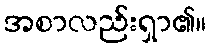
အစာလည်းရှာ၏။